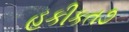
હકીકત૭